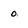
Character: 0